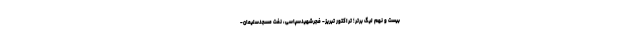
بیست و نهم لیگ برتر؛ تراکتور تبریز- فجرشهیدسپاسی، نفت مسجدسلیمان-